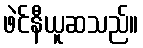
ဖဲင်နီယူဆသည်။